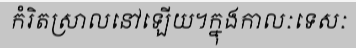
កំរិតស្រាលនៅឡើយ។ក្នុងកាលៈទេសៈ